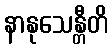
နာနုသေန္တီတိ